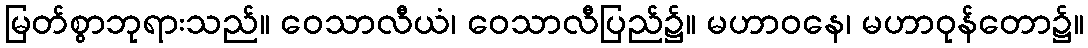
မြတ်စွာဘုရားသည်။ ဝေသာလီယံ၊ ဝေသာလီပြည်၌။ မဟာဝနေ၊ မဟာဝုန်တော၌။